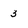
Character: 3